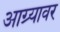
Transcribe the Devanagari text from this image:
आग्र्यावर